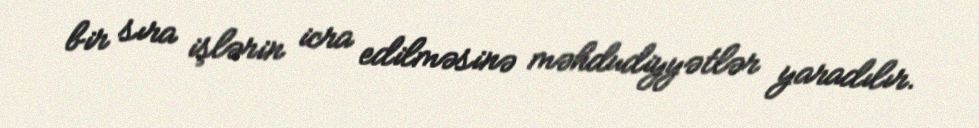
bir sıra işlərin icra edilməsinə məhdudiyyətlər yaradılır.